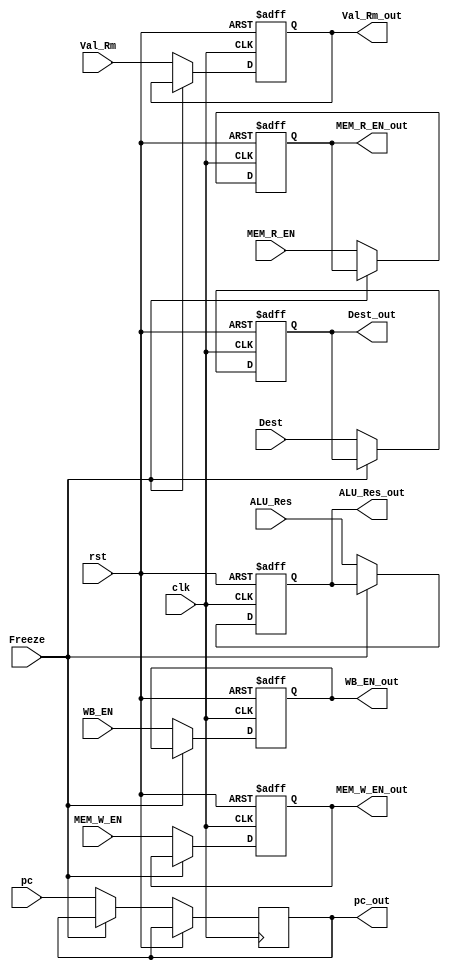
module EXE_MEM
(
input clk,
input rst,
input WB_EN,
input MEM_R_EN,
input MEM_W_EN,
input [31:0]Val_Rm,
input [3:0]Dest,
input [31:0] ALU_Res,
input [31:0]pc,
input Freeze,
output reg WB_EN_out,
output reg MEM_R_EN_out,
output reg MEM_W_EN_out,
output reg [31:0]Val_Rm_out,
output reg [3:0]Dest_out,
output reg [31:0] ALU_Res_out,
output reg [31:0] pc_out
);

always @(posedge clk, posedge rst)
begin
    if (rst)
	begin
		WB_EN_out <= 1'b0;
		MEM_R_EN_out <= 1'b0;
		MEM_W_EN_out <= 1'b0;
		ALU_Res_out <= 32'd0;
		Val_Rm_out <= 32'd0;
		Dest_out <= 4'd0;
    end
	else if(Freeze==1'b0)
	begin
		WB_EN_out<=WB_EN;
		MEM_R_EN_out<=MEM_R_EN;
		MEM_W_EN_out<=MEM_W_EN;
		ALU_Res_out<=ALU_Res;
		Val_Rm_out<=Val_Rm;
		Dest_out<=Dest;
		pc_out <= pc;
    end
end

endmodule